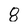
Character: 8